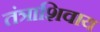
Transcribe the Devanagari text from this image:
तंत्राशिवाय